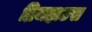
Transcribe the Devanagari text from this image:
ब्रिजहाउस